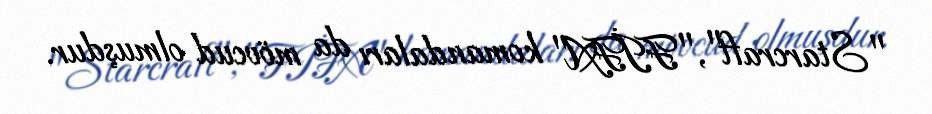
"Starcraft", "FİFA" komandaları da mövcud olmuşdur.